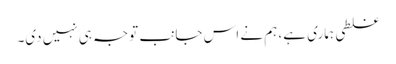
غلطی ہماری ہے، ہم نے اس جانب توجہ ہی نہیں دی۔